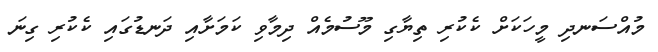
މުއްސަނދި މީހަކަށް ކެކުރި ތިޔާގި މޫސުމެއް ދިމާވި ކަމަށާއި ދަނޑުގައި ކެކުރި ގިނަ